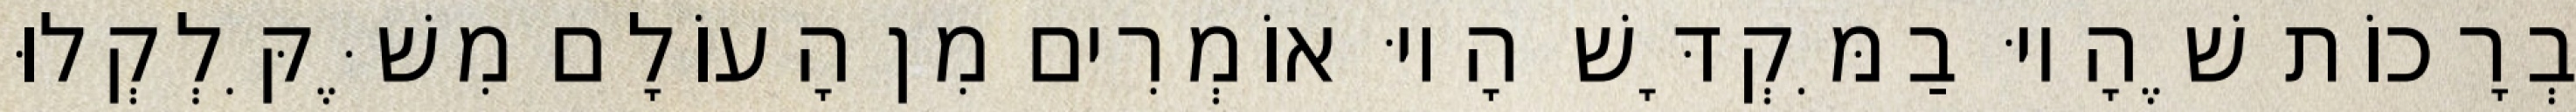
בְרָכוֹת שֶׁהָיוּ בַמִּקְדָּשׁ הָיוּ אוֹמְרִים מִן הָעוֹלָם מִשֶּׁקִּלְקְלוּ